Punjab Mental Hospital Lahore 1922-31 - 1922-1931
Year: 1922
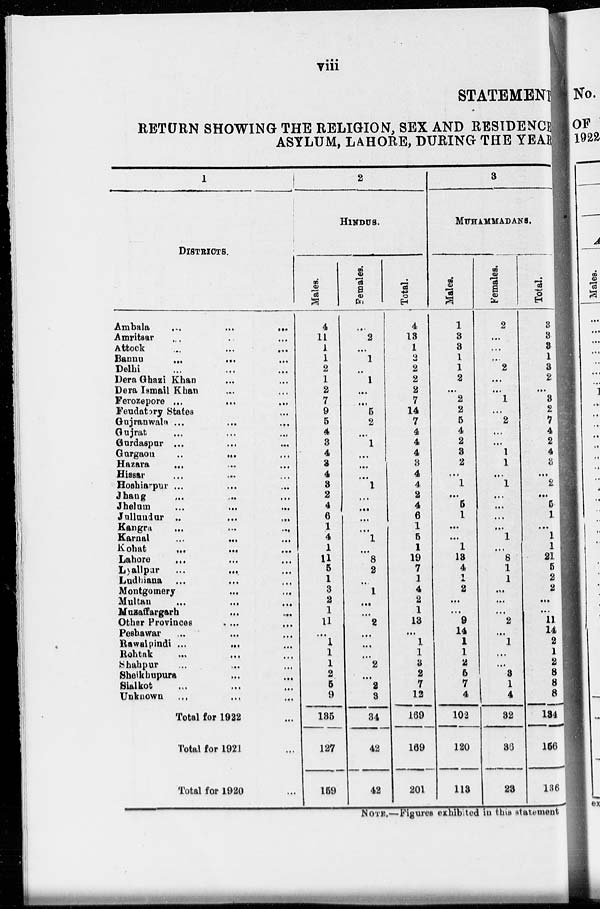
viii
STATEMENT
RETURN SHOWING THE RELIGION, SEX AND RESIDENCE
ASYLUM, LAHORE, DURING THE YEAR
1
DISTRICTS.
Ambala ... ... ...
Amritsar ... ... ...
Attock ... ... ...
Bannu ... ... ...
Delhi ... ... ...
Dera Ghazi Khan ... ...
Dera Ismail Khan ... ...
Ferozepore ... ... ...
Feudatory States ...
Gujranwala ... ... ...
Gujrat ... ... ...
Gurdaspur ... ... ...
Gurgaon ... ... ...
Hazara ... ... ...
Hissar ... ... ...
Hoshiarpur ... ... ...
Jhang ... ... ...
Jhelum ... ... ...
Jullundur ... ... ...
Kangra ... ... ...
Karnal ... ... ...
Kohat ... ... ...
Lahore ... ... ...
Lyallpar ... ... ...
Ludhiana ... ... ...
Montgomery ... ... ...
Multan ... ... ...
Muzaffargarh ... ...
Other Provinces ... ... ...
Peshawar ... ... ...
Rawalpindi ... ... ...
Rohtak ... ... ...
Shahpur ... ... ...
Sheikhupura ... ...
Sialkot ... ... ...
Unknown ... ... ...
Total for 1922 ...
Total for 1921 ...
Total for 1920 ...
2
HINDUS.
Males.
4
11
1
1
2
1
2
7
9
5
4
3
4
3
4
3
2
4
6
1
4
1
11
5
1
3
2
1
11
...
1
1
1
2
5
9
135
127
159
Females.
...
2
...
1
...
1
...
...
5
2
...
1
...
...
...
1
...
...
...
...
1
...
8
2
...
1
...
...
2
...
...
...
2
...
2
3
34
42
42
Total.
4
13
1
2
2
2
2
7
14
7
4
4
4
3
4
4
2
4
6
1
5
1
19
7
1
4
2
1
13
...
1
1
3
2
7
12
169
169
201
3
MUHAMMADANS.
Males.
1
3
3
1
1
2
...
2
2
5
4
2
3
2
...
1
...
5
1
...
...
1
13
4
1
2
...
...
9
14
1
1
2
5
7
4
102
120
113
Females.
2
...
...
...
2
...
...
1
...
2
...
...
1
1
...
1
...
...
...
...
1
...
6
1
1
...
...
...
2
...
1
...
...
3
1
4
32
36
23
Total.
3
3
3
1
3
2
...
3
2
7
4
2
4
3
...
2
...
5
1
...
1
1
21
5
2
2
...
...
11
14
2
1
2
8
8
8
134
156
136
NOTE.—Figures exhibited in this statement